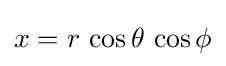
x=r\,\cos \theta \,\cos \phi